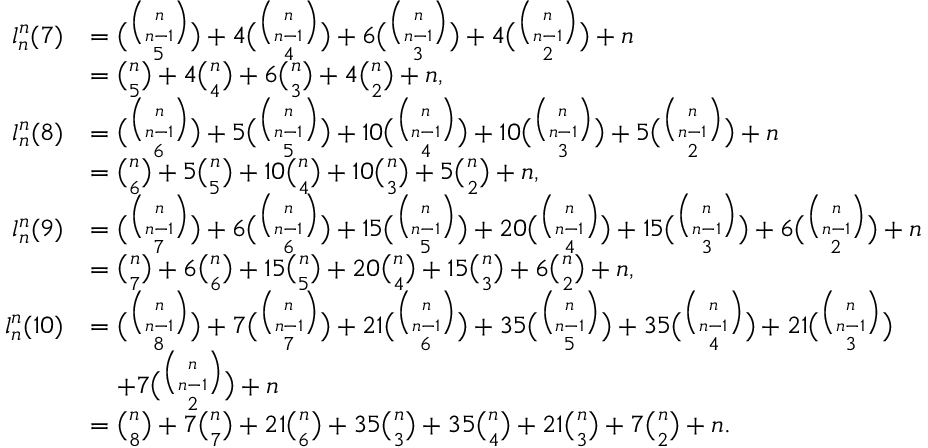
\begin{array} { r l } { l _ { n } ^ { n } ( 7 ) } & { = { \binom { { \binom { n } { n - 1 } } } { 5 } } + 4 { \binom { \binom { n } { n - 1 } } { 4 } } + 6 { \binom { { \binom { n } { n - 1 } } } { 3 } } + 4 { \binom { { \binom { n } { n - 1 } } } { 2 } } + n } \\ & { = { \binom { n } { 5 } } + 4 { \binom { n } { 4 } } + 6 { \binom { n } { 3 } } + 4 { \binom { n } { 2 } } + n , } \\ { l _ { n } ^ { n } ( 8 ) } & { = { \binom { { \binom { n } { n - 1 } } } { 6 } } + 5 { \binom { { \binom { n } { n - 1 } } } { 5 } } + 1 0 { \binom { { \binom { n } { n - 1 } } } { 4 } } + 1 0 { \binom { { \binom { n } { n - 1 } } } { 3 } } + 5 { \binom { \binom { n } { n - 1 } } { 2 } } + n } \\ & { = { \binom { n } { 6 } } + 5 { \binom { n } { 5 } } + 1 0 { \binom { n } { 4 } } + 1 0 { \binom { n } { 3 } } + 5 { \binom { n } { 2 } } + n , } \\ { l _ { n } ^ { n } ( 9 ) } & { = { \binom { { \binom { n } { n - 1 } } } { 7 } } + 6 { \binom { { \binom { n } { n - 1 } } } { 6 } } + 1 5 { \binom { { \binom { n } { n - 1 } } } { 5 } } + 2 0 { \binom { { \binom { n } { n - 1 } } } { 4 } } + 1 5 { \binom { { \binom { n } { n - 1 } } } { 3 } } + 6 { \binom { \binom { n } { n - 1 } } { 2 } } + n } \\ & { = { \binom { n } { 7 } } + 6 { \binom { n } { 6 } } + 1 5 { \binom { n } { 5 } } + 2 0 { \binom { n } { 4 } } + 1 5 { \binom { n } { 3 } } + 6 { \binom { n } { 2 } } + n , } \\ { l _ { n } ^ { n } ( 1 0 ) } & { = { \binom { { \binom { n } { n - 1 } } } { 8 } } + 7 { \binom { { \binom { n } { n - 1 } } } { 7 } } + 2 1 { \binom { { \binom { n } { n - 1 } } } { 6 } } + 3 5 { \binom { { \binom { n } { n - 1 } } } { 5 } } + 3 5 { \binom { { \binom { n } { n - 1 } } } { 4 } } + 2 1 { \binom { { \binom { n } { n - 1 } } } { 3 } } } \\ & { \quad + 7 { \binom { \binom { n } { n - 1 } } { 2 } } + n } \\ & { = { \binom { n } { 8 } } + 7 { \binom { n } { 7 } } + 2 1 { \binom { n } { 6 } } + 3 5 { \binom { n } { 3 } } + 3 5 { \binom { n } { 4 } } + 2 1 { \binom { n } { 3 } } + 7 { \binom { n } { 2 } } + n . } \end{array}